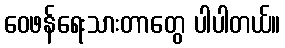
ဝေဖန်ရေးသားတာတွေ ပါပါတယ်။